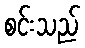
စင်းသည်